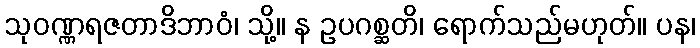
သုဝဏ္ဏရဇတာဒိဘာဝံ၊ သို့။ န ဥပဂစ္ဆတိ၊ ရောက်သည်မဟုတ်။ ပန၊